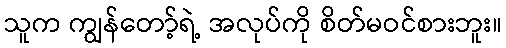
သူက ကျွန်တော့်ရဲ့ အလုပ်ကို စိတ်မဝင်စားဘူး။